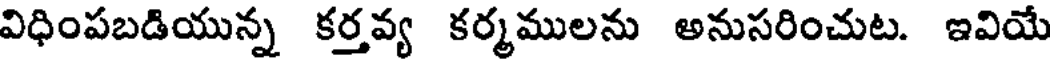
విధింపబడియున్న కర్తవ్య కర్మములను అనుసరించుట. ఇవియే